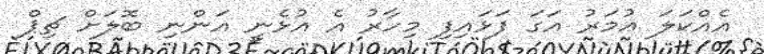
އެއްކަލަ ޢުމަރު އަގަ ފަޅައިފި މިހާރު އެ އުޅެނީ އަންނި ބޮލަށް ޗިޕް